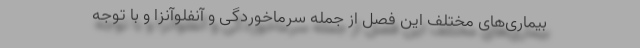
بیماری‌های مختلف این فصل از جمله سرماخوردگی و آنفلوآنزا و با توجه